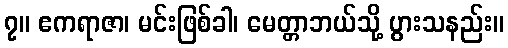
၇။ ဧကရာဇာ၊ မင်းဖြစ်ခါ၊ မေတ္တာဘယ်သို့ ပွားသနည်း။